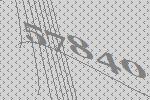
57840